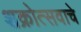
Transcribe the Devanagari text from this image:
शक्रोत्सवाचे